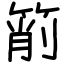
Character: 箾